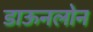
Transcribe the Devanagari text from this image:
डाऊनलोन